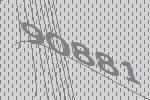
90881